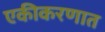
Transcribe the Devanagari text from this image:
एकीकरणात